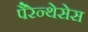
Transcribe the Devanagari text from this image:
पैरेन्थेसेस